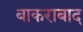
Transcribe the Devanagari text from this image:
बाकराबाद